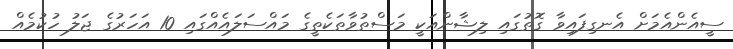
ސީއެންއެމަށް އެނގިފައިވާ ގޮތުގައި ލިޝާންއަކީ މަސްތުވާތަކެތީގެ މައްސަލައެއްގައި 10 އަހަރުގެ ޖަލު ހުކުމެއް